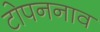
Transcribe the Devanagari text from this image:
टोपननाव